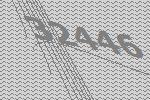
32446